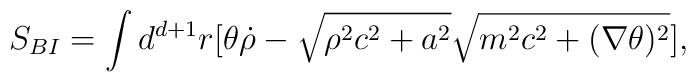
S_{BI} = \int d^{d+1} r [\theta \dot{\rho} - \sqrt{\rho^2 c^2 + a^2} \sqrt{m^2 c^2+ (\nabla \theta)^2}],